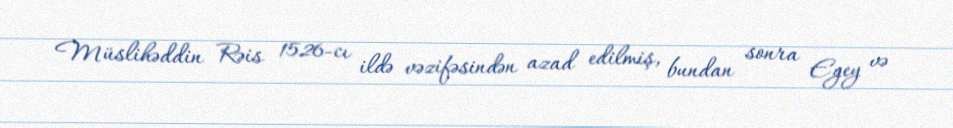
Müslihəddin Rəis 1526-cı ildə vəzifəsindən azad edilmiş, bundan sonra Egey və